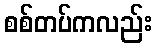
စစ်တပ်ကလည်း